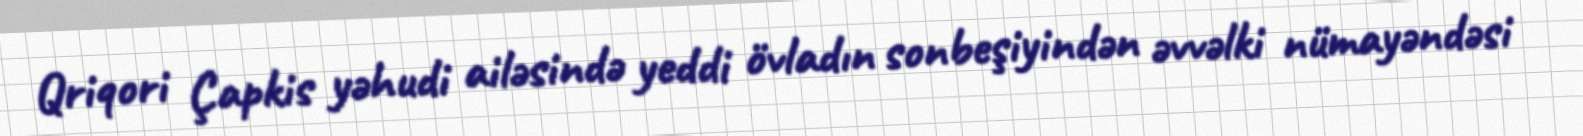
Qriqori Çapkis yəhudi ailəsində yeddi övladın sonbeşiyindən əvvəlki nümayəndəsi